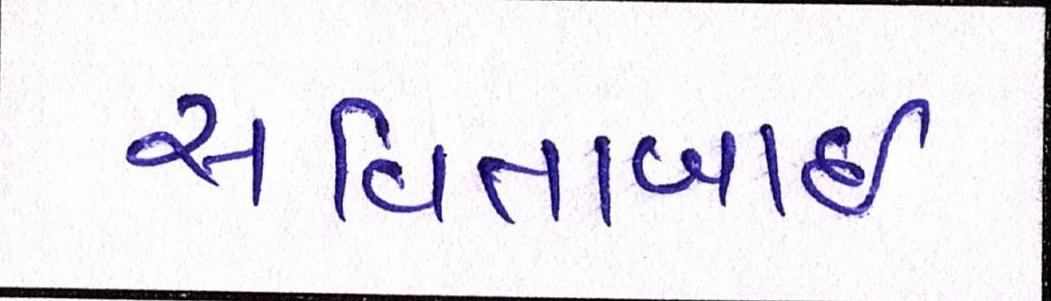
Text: સવિતાબાઇ